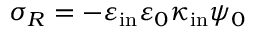
\sigma _ { R } = - \varepsilon _ { \mathrm { i n } } \varepsilon _ { 0 } \kappa _ { \mathrm { i n } } \psi _ { 0 }